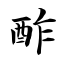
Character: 酢